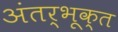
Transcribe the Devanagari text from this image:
अंतर्भूक्त